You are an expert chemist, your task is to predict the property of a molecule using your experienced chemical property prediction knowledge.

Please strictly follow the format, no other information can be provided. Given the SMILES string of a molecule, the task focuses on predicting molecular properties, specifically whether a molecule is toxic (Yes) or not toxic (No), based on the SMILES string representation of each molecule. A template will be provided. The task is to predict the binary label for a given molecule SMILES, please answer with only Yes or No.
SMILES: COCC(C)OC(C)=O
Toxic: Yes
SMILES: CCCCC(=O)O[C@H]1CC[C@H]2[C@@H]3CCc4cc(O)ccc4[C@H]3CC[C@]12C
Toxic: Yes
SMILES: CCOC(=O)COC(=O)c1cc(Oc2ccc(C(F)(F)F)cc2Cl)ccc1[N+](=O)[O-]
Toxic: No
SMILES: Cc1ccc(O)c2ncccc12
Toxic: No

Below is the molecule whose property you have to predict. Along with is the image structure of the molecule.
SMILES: COc1cc(-c2ccc(=O)[nH]n2)ccc1OC(F)F
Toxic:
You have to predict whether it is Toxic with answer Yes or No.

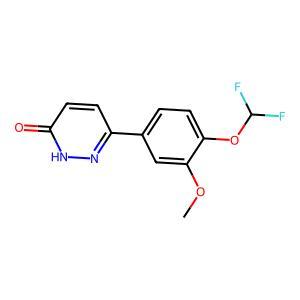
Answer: No